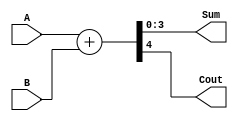
module four_bit_adder(input [3:0] A, input [3:0] B, output reg [3:0] Sum, output reg Cout);

always @*
begin
    {Cout, Sum} = A + B;
end

endmodule